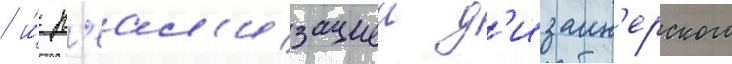
/ и́ р'еал'изациеи д'изаин'ерского